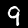
Digit: 9